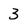
Character: 3